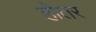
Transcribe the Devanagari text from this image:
होतर